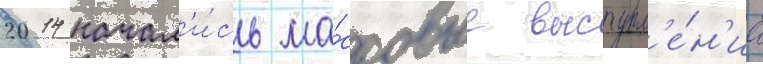
2014 начал'и́сь ма́ссовые выступл'е́н'иа